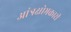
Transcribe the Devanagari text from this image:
आंत्रक्षोभकारी